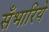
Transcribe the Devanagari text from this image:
सँभारिये